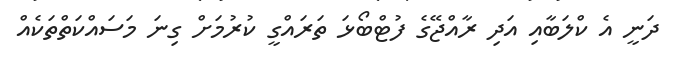
ދަނީ އެ ކްލަބާއި އަދި ރާއްޖޭގެ ފުޓްބޯޅަ ތަރައްގީ ކުރުމަށް ގިނަ މަސައްކަތްތަކެއް